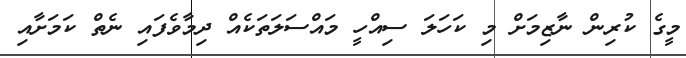
މީގެ ކުރިން ނާޒިމަށް މި ކަހަލަ ސިއްހީ މައްސަލަތަކެއް ދިމާވެފައި ނެތް ކަމަށާއި